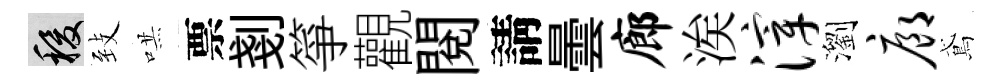
稷𦤺哄票剗箏觀閲請曇廊涘滓瀏廊鳶